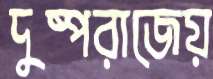
দুষ্পরাজেয়